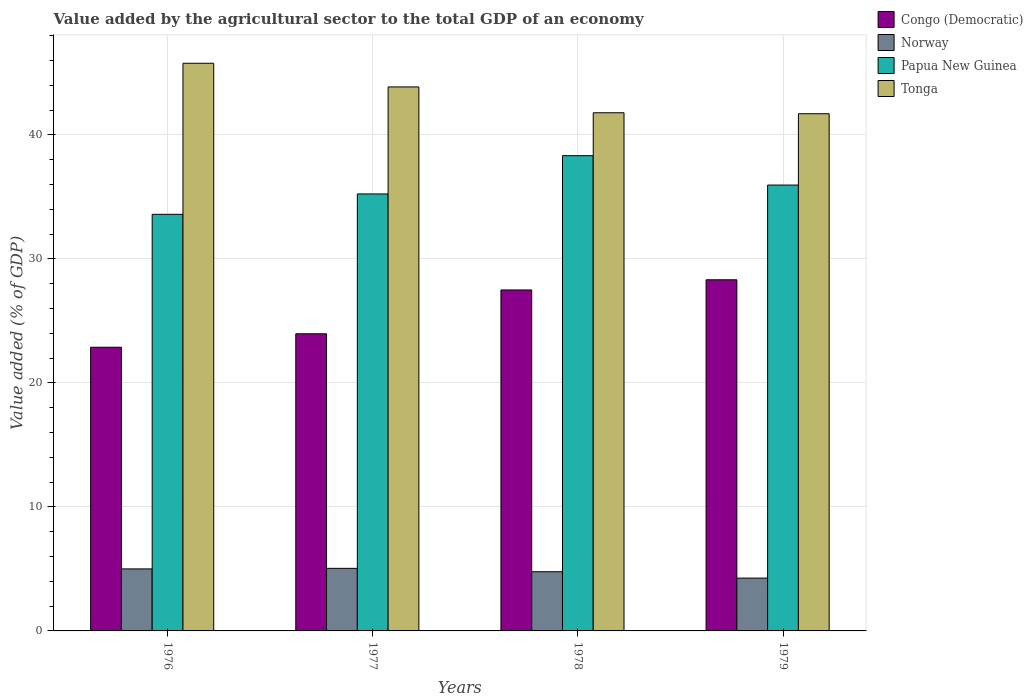
| Years | Congo (Democratic) | Norway | Papua New Guinea | Tonga |
 | --- | --- | --- | --- | --- |
 | 1976 | 22.9 | 5 | 33.6 | 45.8 |
 | 1977 | 24 | 5.05 | 35.2 | 43.9 |
 | 1978 | 27.5 | 4.77 | 38.3 | 41.8 |
 | 1979 | 28.3 | 4.26 | 36 | 41.7 |